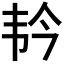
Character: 𫖑